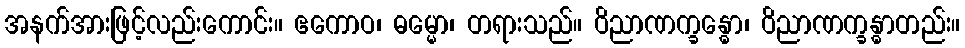
အနက်အားဖြင့်လည်းကောင်း။ ဧကောဝ၊ ဓမ္မော၊ တရားသည်။ ဝိညာဏက္ခန္ဓော၊ ဝိညာဏက္ခန္ဓာတည်း။